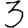
Digit: 3